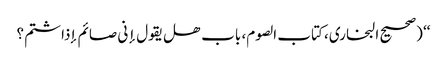
‘‘ (صحیح البخاری، کتاب الصوم، باب ھل یقول إنی صائم إذاشتم؟